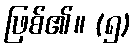
ဖြစ်၏။ (၅)